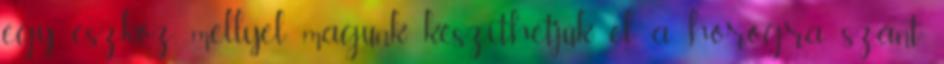
egy eszköz, mellyel magunk készíthetjük el a horogra szánt